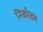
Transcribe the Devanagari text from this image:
निकोडम